Plague in India, 1896, 1897 - Volume 2
Year: 1896
Disease focus: Plague
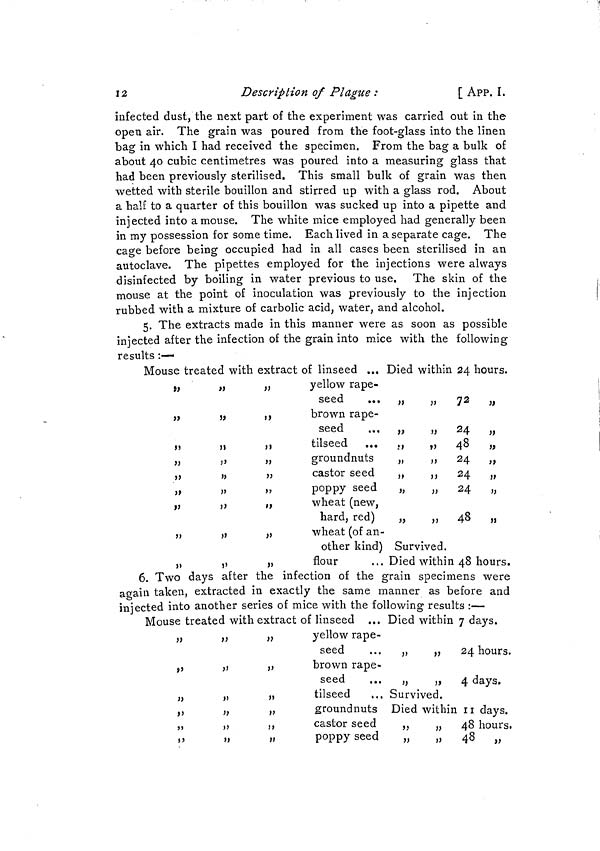
12
Description of Plague :
[ APP. I.
infected dust, the next part of the experiment was carried out in the
open air. The grain was poured from the foot-glass into the linen
bag in which I had received the specimen. From the bag a bulk of
about 40 cubic centimetres was poured into a measuring glass that
had been previously sterilised. This small bulk of grain was then
wetted with sterile bouillon and stirred up with a glass rod. About
a half to a quarter of this bouillon was sucked up into a pipette and
injected into a mouse. The white mice employed had generally been
in my possession for some time. Each lived in a separate cage. The
cage before being occupied had in all cases been sterilised in an
autoclave. The pipettes employed for the injections were always
disinfected by boiling in water previous to use. The skin of the
mouse at the point of inoculation was previously to the injection
rubbed with a mixture of carbolic acid, water, and alcohol.
5. The extracts made in this manner were as soon as possible
injected after the infection of the grain into mice with the following
results :—
Mouse treated with extract of linseed ... Died within 24 hours.
yellow rape-
seed
brown rape-
seed
tilseed
...
groundnuts
castor seed
poppy seed
wheat (new,
hard, red)
wheat (of an-
other kind)
flour
72
24
Survived.
Died within 48 hours.
6. Two days after the infection of the grain specimens were
again taken, extracted in exactly the same manner as before and
injected into another series of mice with the following results :—
Mouse treated with extract of linseed ... Died within 7 days.
yellow rape-
seed
brown rape-
seed
tilseed
groundnuts
castor seed
poppy seed
24 hours.
4 days.
Survived.
Died within 11 days.
48 hours.
48 „